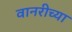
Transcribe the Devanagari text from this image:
वानरीच्या